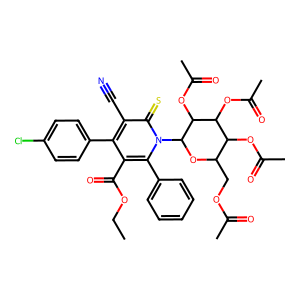
SMILES: CCOC(=O)c1c(-c2ccc(Cl)cc2)c(C#N)c(=S)n(C2OC(COC(C)=O)C(OC(C)=O)C(OC(C)=O)C2OC(C)=O)c1-c1ccccc1
Inhibits HIV replication: No